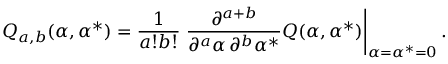
Q _ { a , b } ( \alpha , \alpha ^ { * } ) = \frac { 1 } { a ! b ! } \left. \frac { \partial ^ { a + b } } { \partial ^ { a } \alpha \, \partial ^ { b } \alpha ^ { * } } Q ( \alpha , \alpha ^ { * } ) \right| _ { \alpha = \alpha ^ { * } = 0 } .